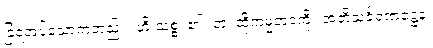
ခြံရံအပ်သောကံတည်း။ ဟိ သစ္စွံ၊ ၏။ တံ၊ ထိုကမ္မဘဝကို။ အဘိသင်္ခရဏဋ္ဌေန၊